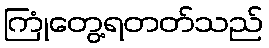
ကြုံတွေ့ရတတ်သည်